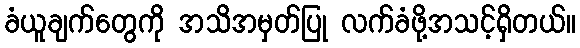
ခံယူချက်တွေကို အသိအမှတ်ပြု လက်ခံဖို့အသင့်ရှိတယ်။